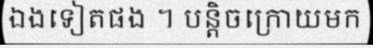
ឯងទៀតផង ។ បន្តិចក្រោយមក